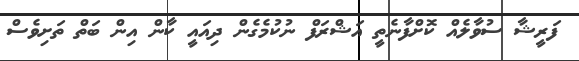
ފަރީޝާ ސުވާލެއް ކޮށްފާނެތީ އަޝްރަފް ނުކުމެގެން ދިއައީ ކާން އިން ބަތް ތަށިވެސް